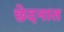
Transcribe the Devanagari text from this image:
छेदनात